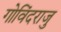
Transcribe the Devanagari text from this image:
गोविंदराजु